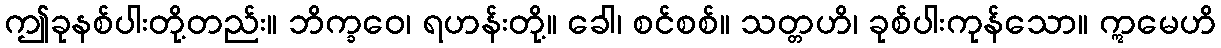
ဤခုနစ်ပါးတို့တည်း။ ဘိက္ခဝေ၊ ရဟန်းတို့။ ခေါ၊ စင်စစ်။ သတ္တဟိ၊ ခုစ်ပါးကုန်သော။ ဣမေဟိ